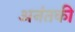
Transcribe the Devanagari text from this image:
अनंतकी